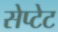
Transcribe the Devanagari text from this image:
सेप्टेट